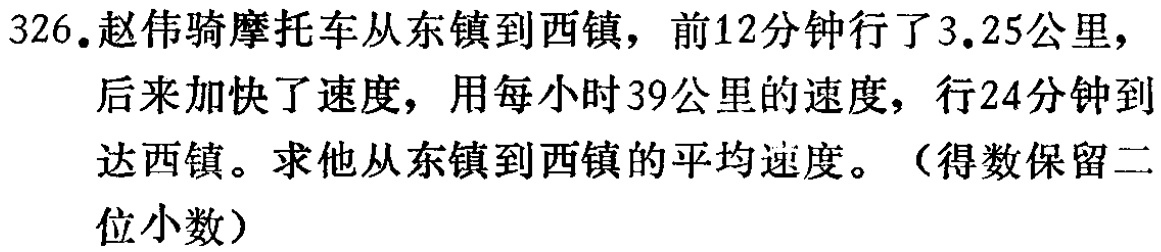
326.赵伟骑摩托车从东镇到西镇，前12分钟行了3.25公里，后来加快了速度，用每小时39公里的速度，行24分钟到达西镇。求他从东镇到西镇的平均速度。（得数保留二位小数）